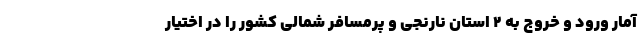
آمار ورود و خروج به ۲ استان نارنجی و پرمسافر شمالی کشور را در اختیار